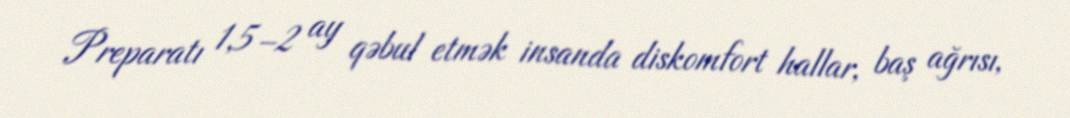
Preparatı 1,5–2 ay qəbul etmək insanda diskomfort hallar, baş ağrısı,